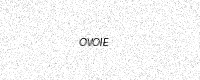
Text: OVOIE